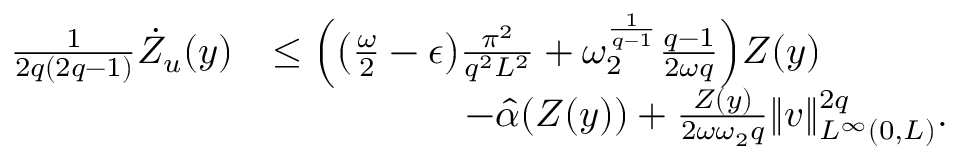
\begin{array} { r l } { \frac { 1 } { 2 q ( 2 q - 1 ) } \dot { Z } _ { u } ( y ) } & { \leq \Big ( \big ( \frac { \omega } { 2 } - \epsilon \big ) \frac { \pi ^ { 2 } } { q ^ { 2 } L ^ { 2 } } + \omega _ { 2 } ^ { \frac { 1 } { q - 1 } } \frac { q - 1 } { 2 \omega q } \Big ) Z ( y ) } \\ & { \quad \qquad \qquad - \hat { \alpha } ( Z ( y ) ) + \frac { Z ( y ) } { 2 \omega \omega _ { 2 } q } \| v \| _ { L ^ { \infty } ( 0 , L ) } ^ { 2 q } . } \end{array}